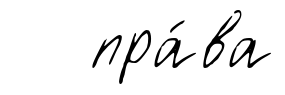
пра́ва